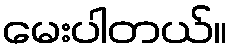
မေးပါတယ်။